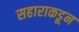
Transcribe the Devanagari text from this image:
सहाराकडून